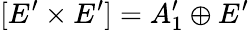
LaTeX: [E^{\prime}\times E^{\prime}]=A_{1}^{\prime}\oplus E^{\prime}